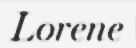
Lorene